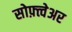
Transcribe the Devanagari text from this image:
सोफ़्त्वेअर